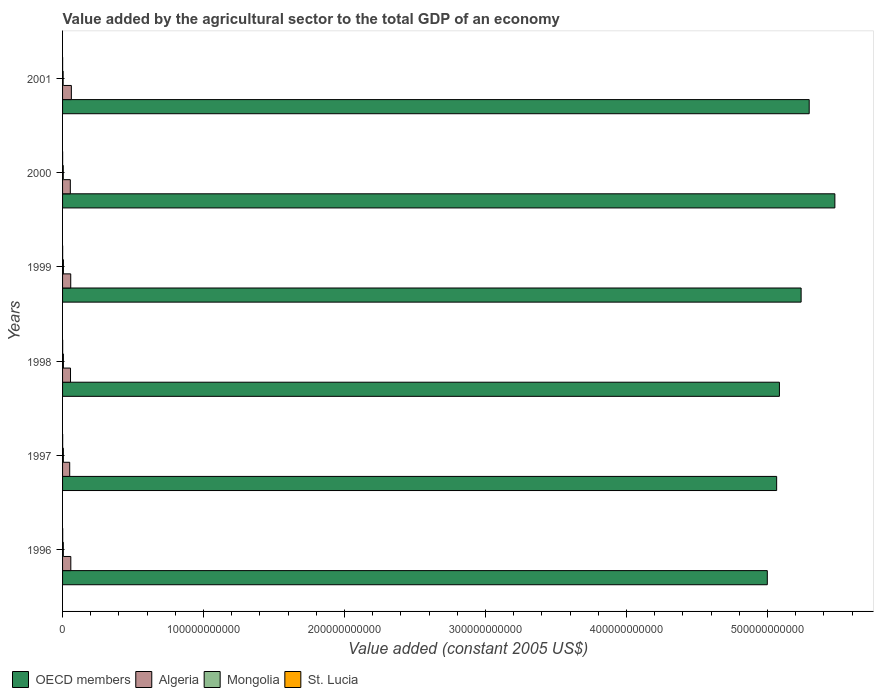
| Years | OECD members | Algeria | Mongolia | St. Lucia |
 | --- | --- | --- | --- | --- |
 | 1996 | 5e+11 | 5.85e+09 | 5.42e+08 | 8.23e+07 |
 | 1997 | 5.06e+11 | 5.06e+09 | 5.66e+08 | 6.73e+07 |
 | 1998 | 5.08e+11 | 5.64e+09 | 5.95e+08 | 6.65e+07 |
 | 1999 | 5.24e+11 | 5.79e+09 | 6.12e+08 | 5.66e+07 |
 | 2000 | 5.48e+11 | 5.5e+09 | 5.12e+08 | 4.7e+07 |
 | 2001 | 5.3e+11 | 6.23e+09 | 4.14e+08 | 3.62e+07 |